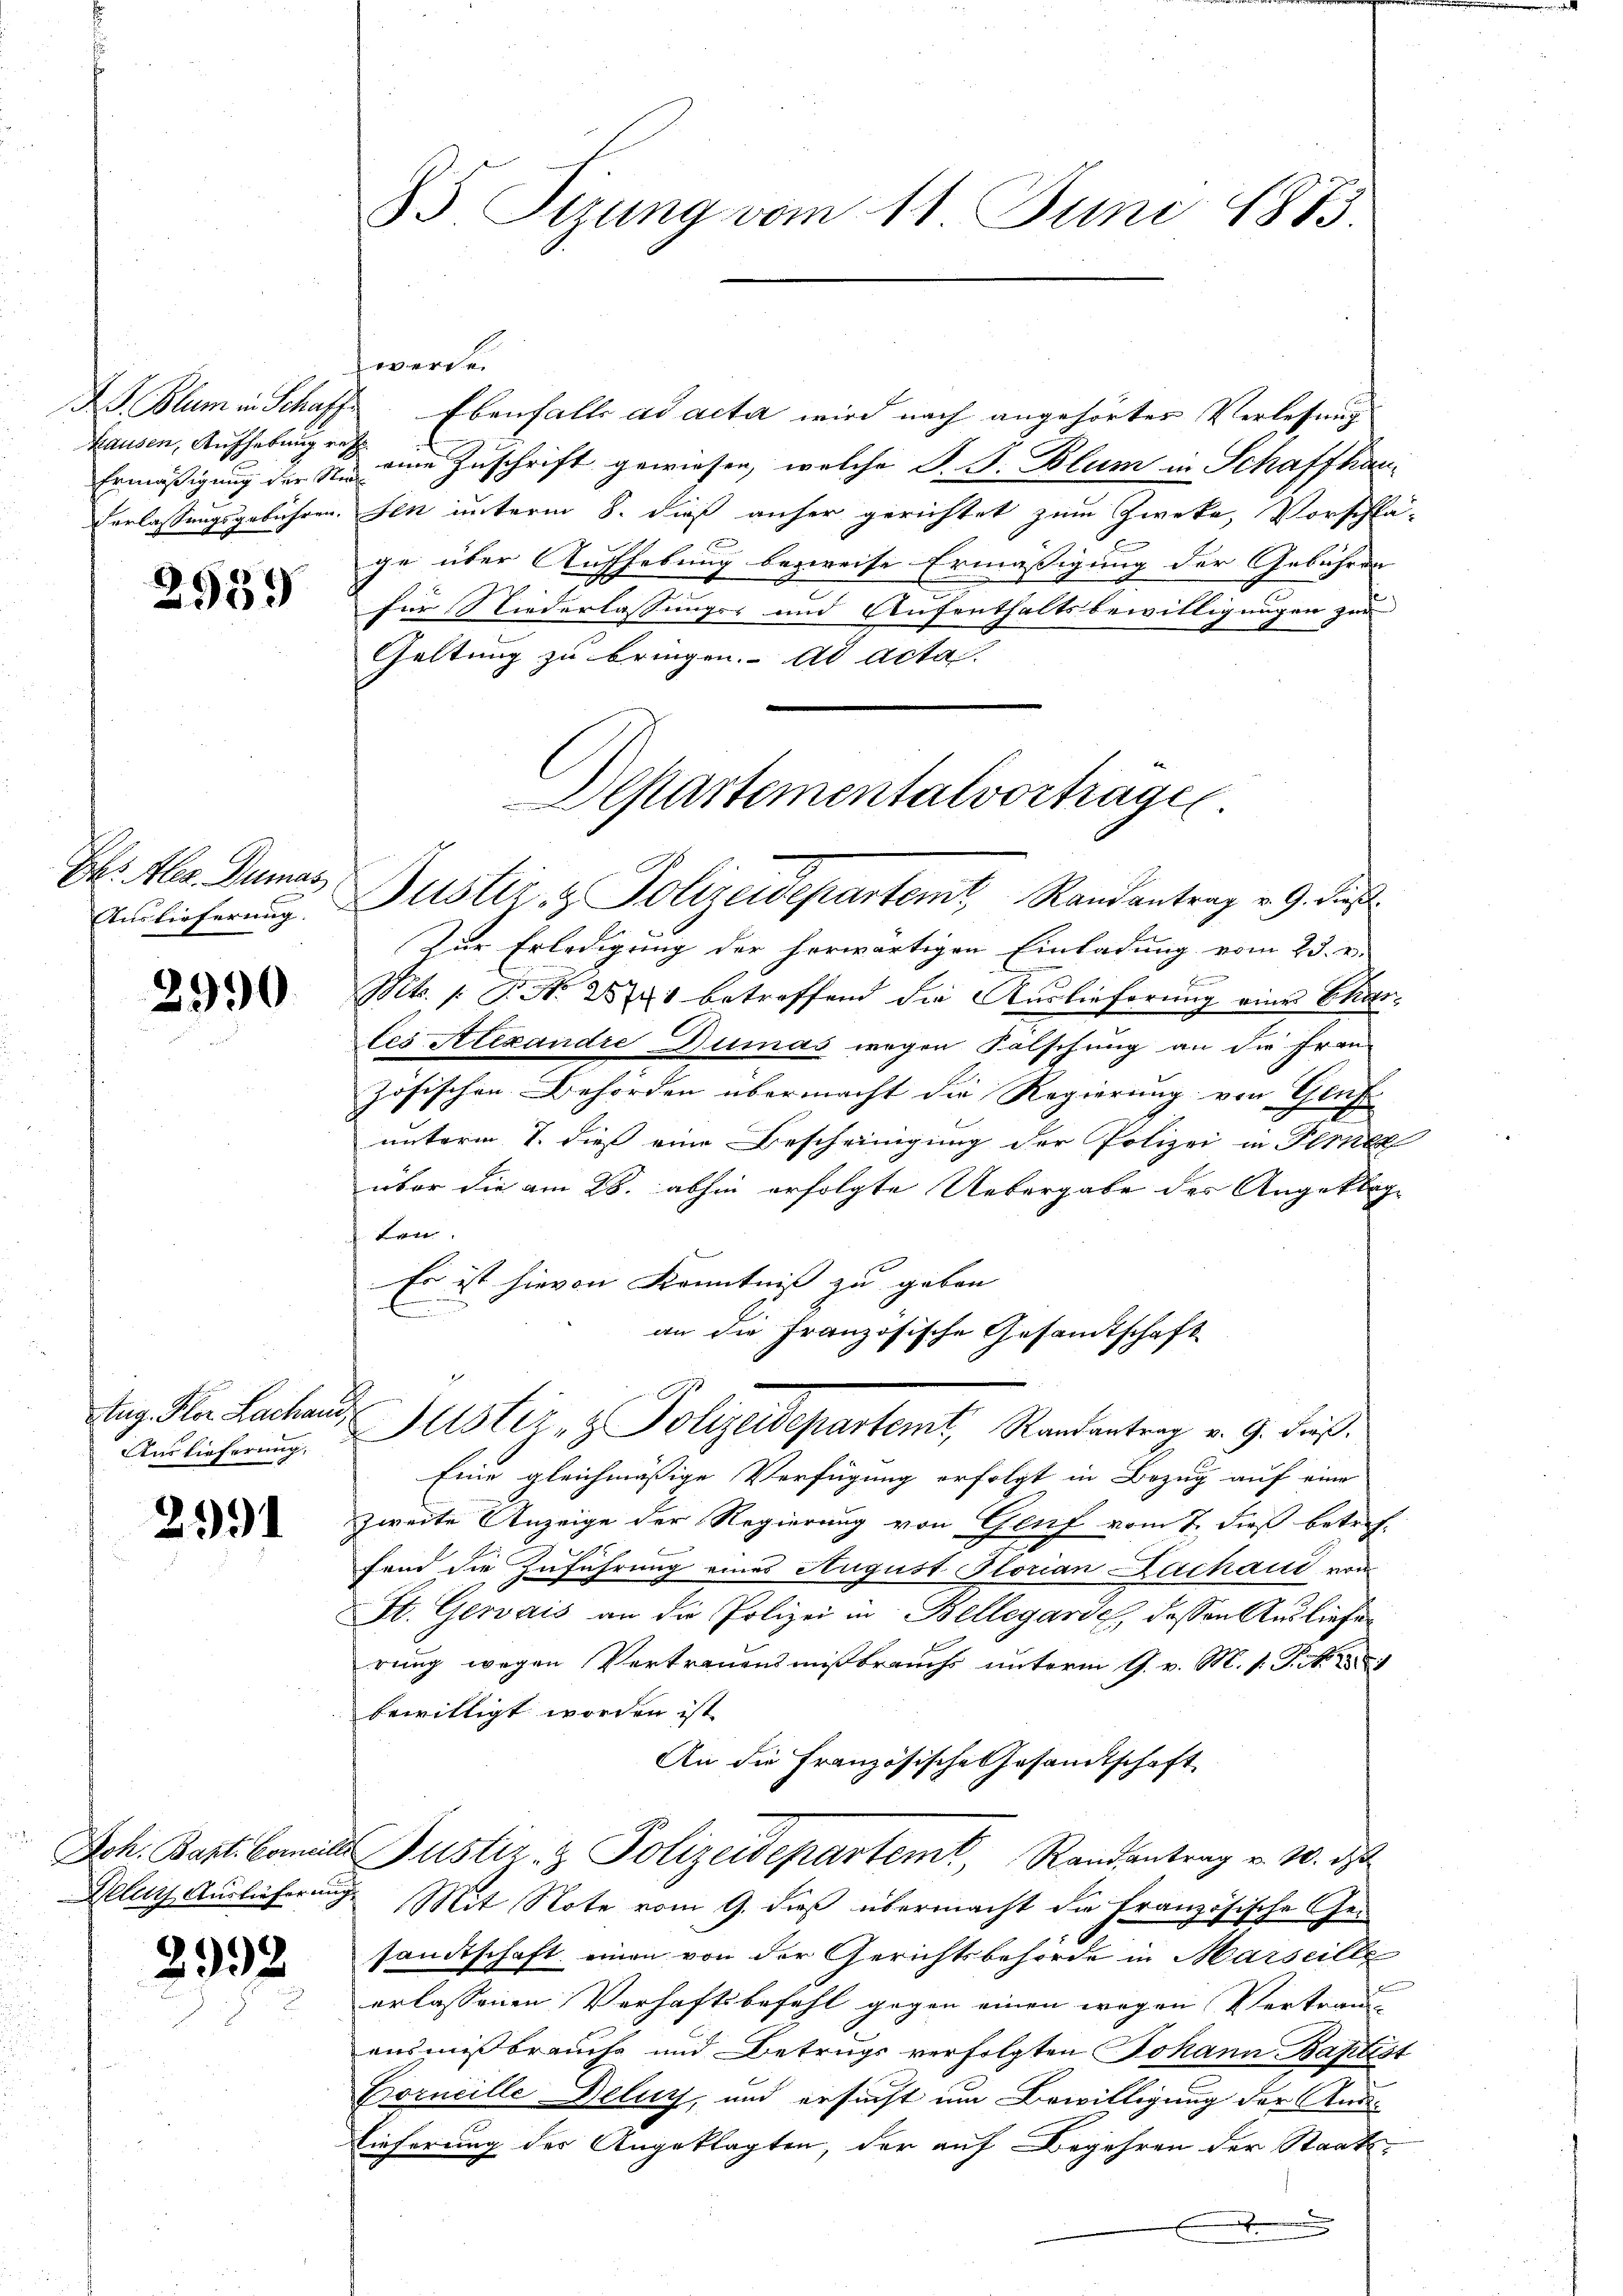
Ermäßigung der Nic

2939

Chr. Aber. Dumas

2990

Auslieferung,

2991

2932

85 Tizung vom 11. Juni 1873

werde.
B. Blum in Schaffe. Ebenfalls ad acta wird nach angehörter Verlesung
hausen, Aufhebung von eine Zuschrift gewiesen, welche S. S. Blum in Schaffhau¬
Verlassungsgebühren. Den unterm 8. dieß anher gerichtet zum Zweke, Vorschlage über Aufhebung bezweife Ermäßigung der Gebühren-
für Niederlassungs- und Aufenthaltsbewilligungen zur
Geltung zu bringen. ad acta
Auslieferung Justiz- & Polizeidepartemt, Randantrag v. 9. dies
Zur Erledigung der herwärtigen Einladung vom 23. 2
F
Mts. 1. No. 1871 betreffend die Auslieferung eines Skatstes Alexandre Dumas wegen Falschung an die Frau-
zösischen Behörden übermacht die Regierung von Gluf
unterm 7. dieß eine Bescheinigung der Polizei in Ferne
über die am 28. abhin erfolgte Uebergabe des Angeklag
ten.
Es ist hievon Kenntniß zu geben
an die Französische Gesamtschaft
Aug. Da Lachen Justiz- & Polizeidepartemt, Randantrag v. 9. Fuß.
Eine gleichmäßige Verfügung erfolgt in Bezug auf eine
zweite Anzeige der Regierung von Genf vom 7. dieß betref-
.
fand die Zuführung eines August Florian Lachaud von
St. Gervais an die Polizei in Bellegarde, dessen Ausliefer
rung wegen Vertrauensmißbrauchs unterm 9. v. M. v. J.
bewilligt worden ist
An die Französische Gesandtschaft
Joh. Bapt. Comites Justiz- & Polizeidepartemt, Randantrag v. 10. d
Rele Auslieferung Mit Note vom 9. dieß übermacht die Französische Gesandtschaft einen von der Gerichtsbehörde in Marseille
erlassenen Verhaftsbefehl gegen einen wegen Vertrau
ausmißbrauche und Betrugs verfolgten Johann Baptist
Corneille Delug, und ersucht um Bewilligung der Aus¬
Lieferung des Angeklagten, der auf Begehren der Staats-

Departementalvortragen